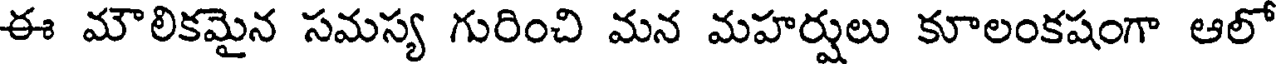
ఈ మౌలికమైన సమస్య గురించి మన మహర్షులు కూలంకషంగా ఆలో